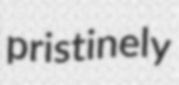
pristinely